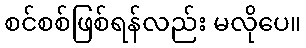
စင်စစ်ဖြစ်ရန်လည်း မလိုပေ။